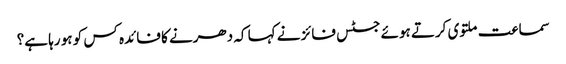
سماعت ملتوی کرتے ہوئے جسٹس فائز نے کہا کہ دھرنے کا فائدہ کس کو ہو رہا ہے؟